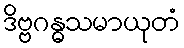
ဒိဗ္ဗဂန္ဓသမာယုတံ